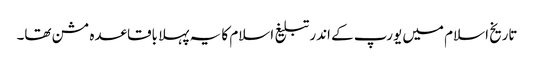
تاریخ اسلام میں یورپ کے اندر تبلیغ اسلام کا یہ پہلا باقاعدہ مشن تھا۔